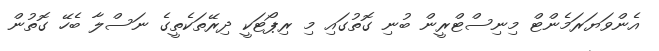
އެންވަޔަރަމެންޓް މިނިސްޓްރީން ބުނި ގޮތުގައި މި ރިޕޯޓަކީ ދިރޭތަކެތީގެ ނަސްލާ ބެހޭ ގޮތުން